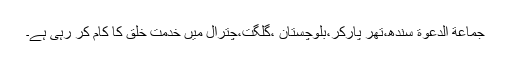
جماعة الدعوة سندھ،تھر پارکر،بلوچستان ،گلگت،چترال میں خدمت خلق کا کام کر رہی ہے۔